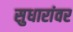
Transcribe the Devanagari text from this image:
सुधारांवर